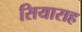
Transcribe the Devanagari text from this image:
सियाराह